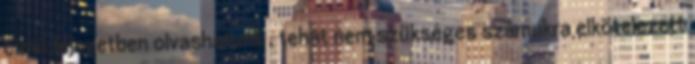
című fejezetben olvashatunk , tehát nem szükséges számukra elkötelezett